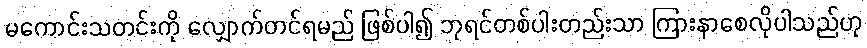
မကောင်းသတင်းကို လျှောက်တင်ရမည် ဖြစ်ပါ၍ ဘုရင်တစ်ပါးတည်းသာ ကြားနာစေလိုပါသည်ဟု